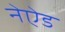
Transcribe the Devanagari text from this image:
नेऐड